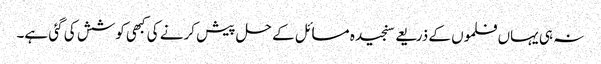
نہ ہی یہاں فلموں کے ذریعے سنجیدہ مسائل کے حل پیش کرنے کی کبھی کوشش کی گئی ہے۔